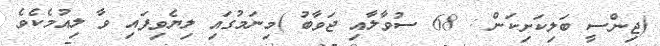
(ޖިންސީ ބަލިކަށިކަން : 68 ސުވާލާއި ޖަވާބު )މިނަމުގައި ލިޔެވިފައި ވާ ލިއުމެކެވެ